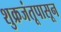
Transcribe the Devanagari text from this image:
शुक्रजंतूपासून